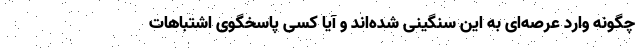
چگونه وارد عرصه‌ای به این سنگینی شده‌اند و آیا کسی پاسخگوی اشتباهات